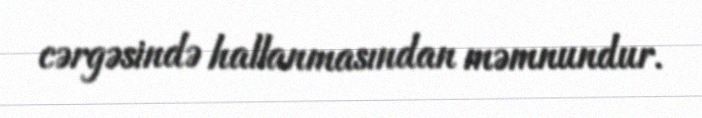
cərgəsində hallanmasından məmnundur.